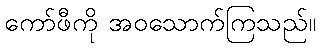
ကော်ဖီကို အဝသောက်ကြသည်။